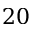
2 0